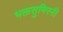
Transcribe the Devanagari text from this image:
भक्तसुमिरनी